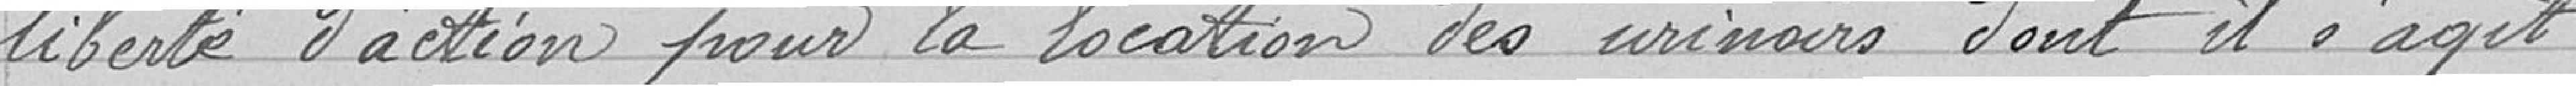
liberté d'action pour la location des urinoirs dont il s'agit.